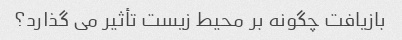
بازیافت چگونه بر محیط زیست تأثیر می گذارد؟